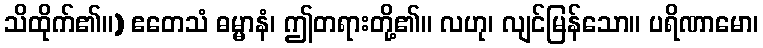
သိထိုက်၏။) ဧတေသံ ဓမ္မာနံ၊ ဤတရားတို့၏။ လဟု၊ လျင်မြန်သော။ ပရိဏာမော၊